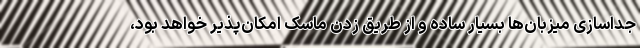
جداسازی میزبان‌ها بسیار ساده و از طریق زدن ماسک امکان‌پذیر خواهد بود،